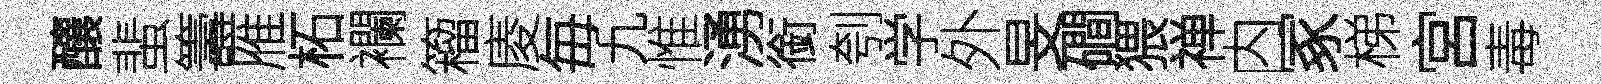
釀蜚籌雁柘襴籕庱毎九惟湧銜刳学外旻磵猥禅内冢梯宮毒